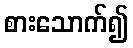
စားသောက်၍